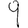
Digit: 9